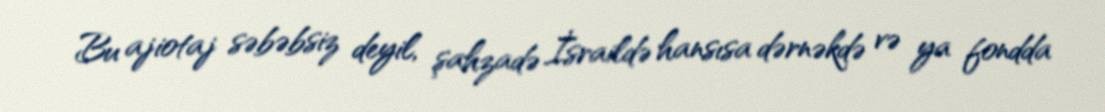
Bu ajiotaj səbəbsiz deyil, şahzadə İsraildə hansısa dərnəkdə və ya fondda